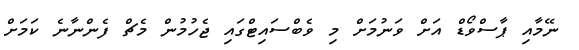
ނޭމާއި ޕާސްވޯޑް އަށް ވަނުމަށް މި ވެބްސައިޓްގައި ޖެހުމުން މެޗް ފެންނާނެ ކަަމަށް